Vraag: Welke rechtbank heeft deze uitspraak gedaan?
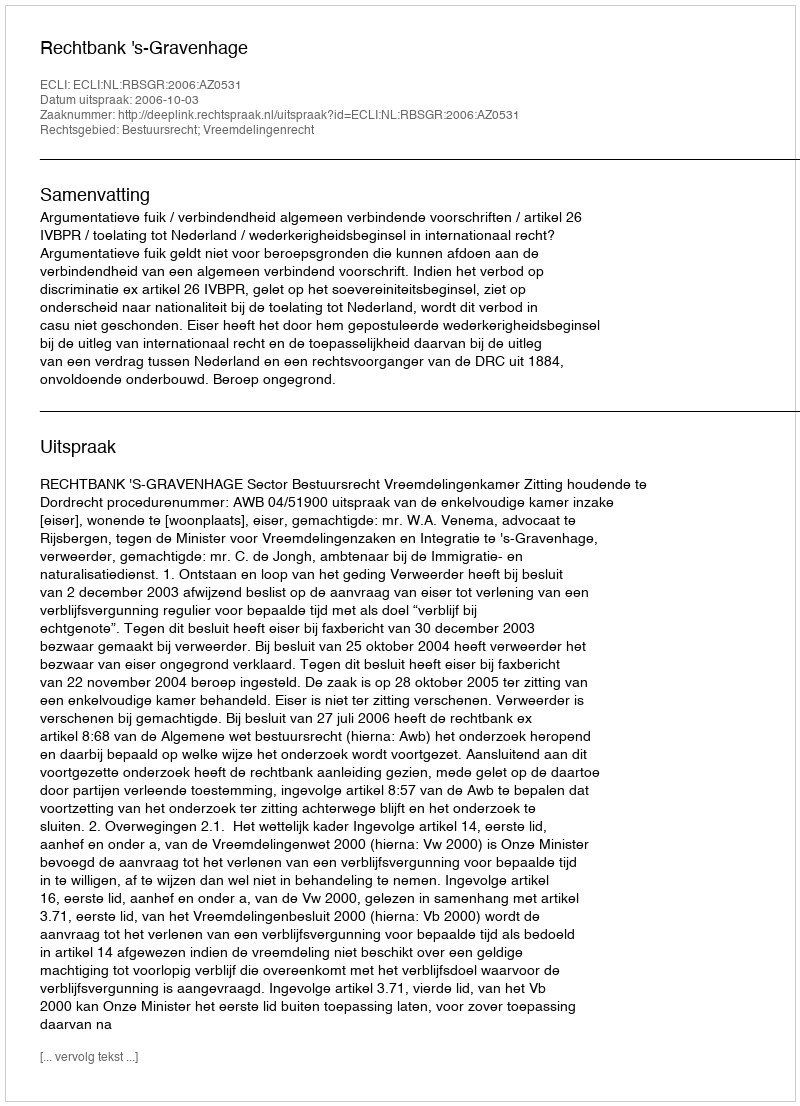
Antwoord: Rechtbank 's-Gravenhage